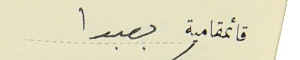
قائمقامية بعبدا